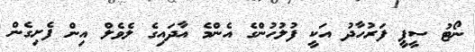
ނޯޓު ސީޕީ ފަރުހާދު އަކީ ފުލުހުންގެ އެންމެ އާދައިގެ ލެވެލް އިން ފެށިގެން